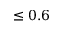
\leq 0 . 6